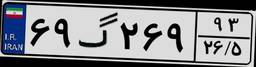
۶۳گ۱۳۳۷۱